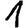
Digit: 1